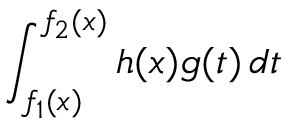
\int _ { f _ { 1 } ( x ) } ^ { f _ { 2 } ( x ) } h ( x ) g ( t ) \, d t